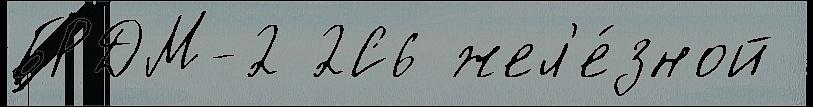
БРДМ-2 2С6 жел'е́зной